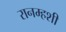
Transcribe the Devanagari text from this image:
रानम्हशी